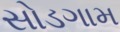
સોડગામ